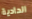
الحادية